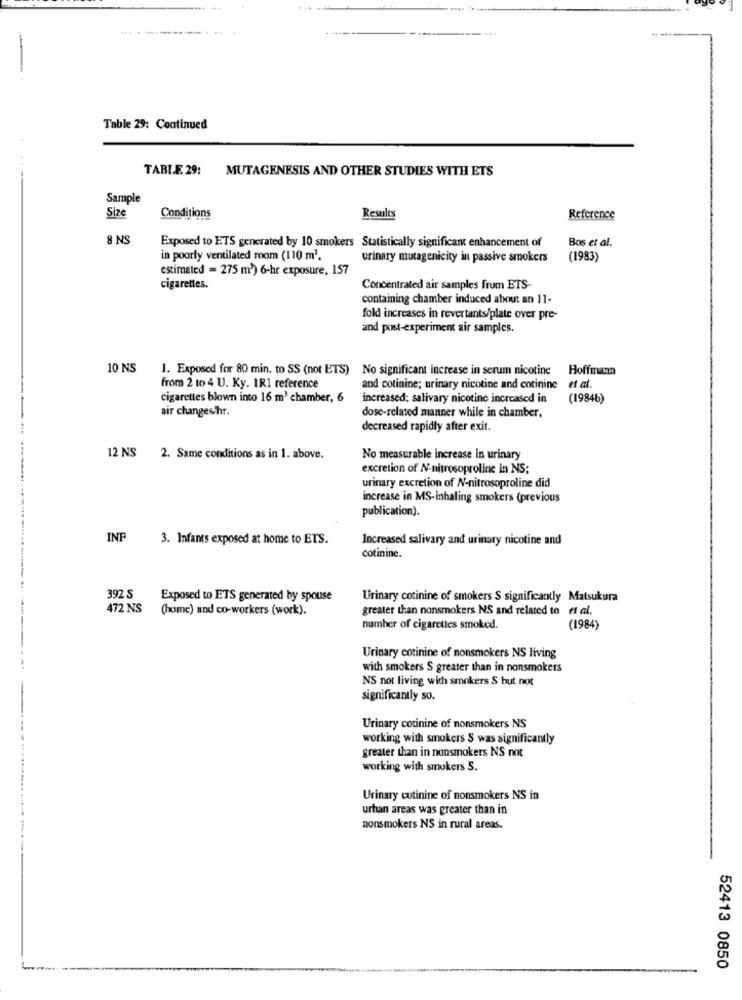
Table 29: Continued
TABLE 29: MUTAGENESIS AND OTHER STUDIES WITH ETS
Sample
Size
Conditions
Results
Reference
8 NS
Bos et al.
Exposed to ETS generated by 10 smokers Statistically significant enhancement of
in poorly ventilated room (110 m3.
urinary mutagenicity in passive smokers
(1983)
estimated = 275 m3) 6-hr exposure, 157
cigarettes.
Concentrated air samples from ETS-
containing chamber induced about an 11-
fold increases in revertants/plate over pre-
and post-experiment air samples.
10 NS
1. Exposed for 80 min. to SS (not ETS) No significant increase in serum nicotine
Hoffmann
from 2 to 4 U. Ky. IR1 reference
and cotinine; urinary nicotine and cotinine et al.
cigarettes blown into 16 m3 chamber, 6
increased: salivary nicotine increased in
(19846)
air changes/hr.
dose-related manner while in chamber,
decreased rapidly after exit.
12 NS 2. Same conditions as in 1. above.
No measurable increase in urinary
excretion of N-nitrosoproline in NS;
urinary excretion of N-nitrosoproline did
increase in MS-inhaling smokers (previous
publication).
INF
3. Infants exposed at home to ETS.
Increased salivary and urinary nicotine and
cotinine.
392 S
Exposed to ETS generated by spouse
Urinary cotinine of smokers S significantly Matsukura
472 NS
(home) and co-workers (work).
greater than nonsmokers NS and related to et al.
number of cigarettes smoked.
(1984)
Urinary cotinine of nonsmokers NS living
with smokers S greater than in nonsmokers
NS not living with smokers S but not
significantly so.
Urinary cotinine of nonsmokers NS
working with smokers S was significantly
greater than in nonsmokers NS not
working with smokers S.
Urinary cutinine of nonsmokers NS in
urban areas was greater than in
nonsmokers NS in rural areas.
52413 0850